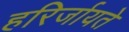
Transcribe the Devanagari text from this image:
हरिर्जायते